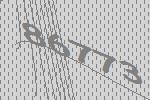
86773